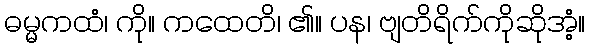
ဓမ္မကထံ၊ ကို။ ကထေတိ၊ ၏။ ပန၊ ဗျတိရိက်ကိုဆိုအံ့။